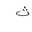
Letter: _tha